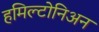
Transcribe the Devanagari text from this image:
हमिल्टोनिअन